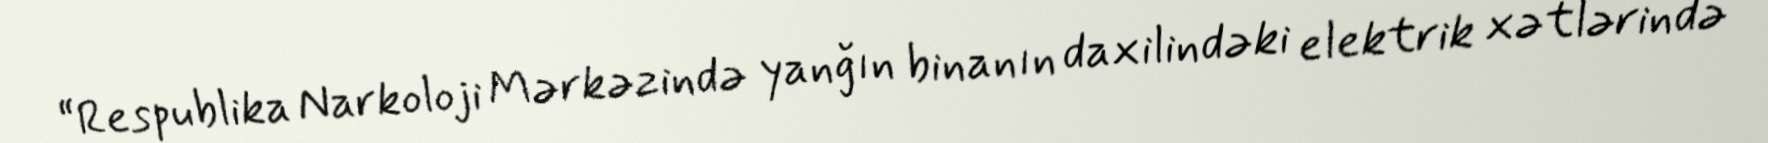
“Respublika Narkoloji Mərkəzində yanğın binanın daxilindəki elektrik xətlərində